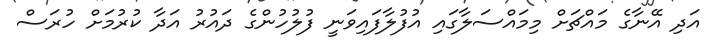
އަދި އޭނާގެ މައްޗަށް މިމައްސަލާގައި އުފުލާފައިވަނީ ފުލުހުންގެ ދައުރު އަދާ ކުރުމަށް ހުރަސް